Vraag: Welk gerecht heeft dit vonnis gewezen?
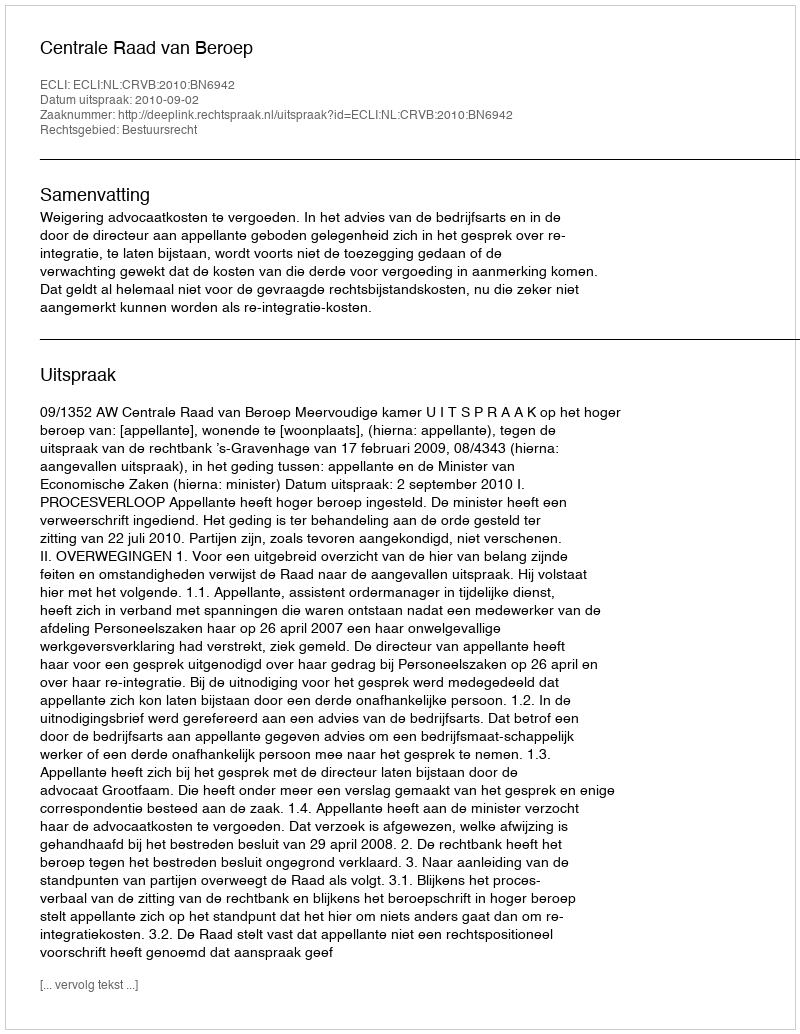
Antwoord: Centrale Raad van Beroep